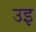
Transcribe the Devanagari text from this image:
उइ